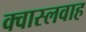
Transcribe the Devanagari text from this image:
क्वास्लवाह